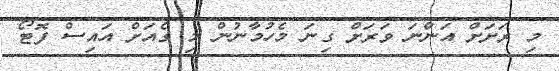
މި ރަށަށް އަންނަ ވަރަށް ގިނަ މެހުމާނުން މި ގެއަށް އައިސް ފޮޓޯ